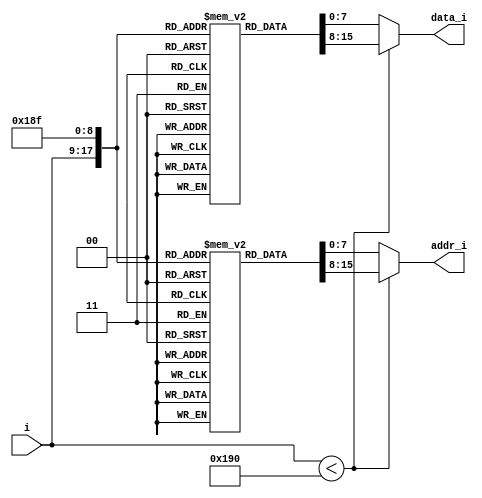
`timescale 1ns / 1ps

module ROM(
//    input wire clk,
    input wire[8:0] i,
    output wire[7:0] addr_i,
    output wire[7:0] data_i
    );
    
reg[7:0] addr[0:399];
reg[7:0] data[0:399];

assign addr_i = i < 400 ? addr[i] : addr[399];
assign data_i = i < 400 ? data[i] : data[399];

/*
 * Outputs:
 *    OUT0: 25 MHz
 *          Enabled, LVDS 2.5 V
 *    OUT1: 50 MHz
 *          Enabled, LVDS 2.5 V
 *    OUT2: 100 MHz
 *          Enabled, LVDS 2.5 V
 *    OUT3: 200 MHz
 *          Enabled, LVDS 2.5 V
 *    OUT4: 400 MHz
 *          Enabled, LVDS 2.5 V
 *    OUT5: 300 MHz
 *          Enabled, LVDS 2.5 V
 *    OUT6: 25 MHz
 *          Enabled, LVDS 2.5 V
 *    OUT7: 400 kHz
 *          Enabled, LVDS 2.5 V
 *    OUT8: 400 kHz
 *          Enabled, LVDS 2.5 V
 *    OUT9: Unused
 *
 */

initial
begin
    //0: 0x0B24,0xC0
    addr[0] <= 8'h01;    //page change 
    data[0] <= 8'h0B;    //page change 
    addr[1] <= 8'h24; 
    data[1] <= 8'hC0; 
    //2: 0x0B25,0x00
    addr[2] <= 8'h25; 
    data[2] <= 8'h00; 
    //3: 0x0502,0x01
    addr[3] <= 8'h01;    //page change 
    data[3] <= 8'h05;    //page change 
    addr[4] <= 8'h02; 
    data[4] <= 8'h01; 
    //5: 0x0505,0x03
    addr[5] <= 8'h05; 
    data[5] <= 8'h03; 
    //6: 0x0957,0x17
    addr[6] <= 8'h01;    //page change 
    data[6] <= 8'h09;    //page change 
    addr[7] <= 8'h57; 
    data[7] <= 8'h17; 
    //8: 0x0B4E,0x1A
    addr[8] <= 8'h01;    //page change 
    data[8] <= 8'h0B;    //page change 
    addr[9] <= 8'h4E; 
    data[9] <= 8'h1A; 
    //10: 0x0006,0x00
    addr[10] <= 8'h01;    //page change 
    data[10] <= 8'h00;    //page change 
    addr[11] <= 8'h06; 
    data[11] <= 8'h00; 
    //12: 0x0007,0x00
    addr[12] <= 8'h07; 
    data[12] <= 8'h00; 
    //13: 0x0008,0x00
    addr[13] <= 8'h08; 
    data[13] <= 8'h00; 
    //14: 0x0017,0xD0
    addr[14] <= 8'h17; 
    data[14] <= 8'hD0; 
    //15: 0x0018,0xFF
    addr[15] <= 8'h18; 
    data[15] <= 8'hFF; 
    //16: 0x0021,0x0F
    addr[16] <= 8'h21; 
    data[16] <= 8'h0F; 
    //17: 0x0022,0x00
    addr[17] <= 8'h22; 
    data[17] <= 8'h00; 
    //18: 0x002B,0x0A
    addr[18] <= 8'h2B; 
    data[18] <= 8'h0A; 
    //19: 0x002C,0x20
    addr[19] <= 8'h2C; 
    data[19] <= 8'h20; 
    //20: 0x002D,0x00
    addr[20] <= 8'h2D; 
    data[20] <= 8'h00; 
    //21: 0x002E,0x00
    addr[21] <= 8'h2E; 
    data[21] <= 8'h00; 
    //22: 0x002F,0x00
    addr[22] <= 8'h2F; 
    data[22] <= 8'h00; 
    //23: 0x0030,0x00
    addr[23] <= 8'h30; 
    data[23] <= 8'h00; 
    //24: 0x0031,0x00
    addr[24] <= 8'h31; 
    data[24] <= 8'h00; 
    //25: 0x0032,0x00
    addr[25] <= 8'h32; 
    data[25] <= 8'h00; 
    //26: 0x0033,0x00
    addr[26] <= 8'h33; 
    data[26] <= 8'h00; 
    //27: 0x0034,0x00
    addr[27] <= 8'h34; 
    data[27] <= 8'h00; 
    //28: 0x0035,0x00
    addr[28] <= 8'h35; 
    data[28] <= 8'h00; 
    //29: 0x0036,0x00
    addr[29] <= 8'h36; 
    data[29] <= 8'h00; 
    //30: 0x0037,0x00
    addr[30] <= 8'h37; 
    data[30] <= 8'h00; 
    //31: 0x0038,0x00
    addr[31] <= 8'h38; 
    data[31] <= 8'h00; 
    //32: 0x0039,0x00
    addr[32] <= 8'h39; 
    data[32] <= 8'h00; 
    //33: 0x003A,0x00
    addr[33] <= 8'h3A; 
    data[33] <= 8'h00; 
    //34: 0x003B,0x00
    addr[34] <= 8'h3B; 
    data[34] <= 8'h00; 
    //35: 0x003C,0x00
    addr[35] <= 8'h3C; 
    data[35] <= 8'h00; 
    //36: 0x003D,0x00
    addr[36] <= 8'h3D; 
    data[36] <= 8'h00; 
    //37: 0x0041,0x00
    addr[37] <= 8'h41; 
    data[37] <= 8'h00; 
    //38: 0x0042,0x00
    addr[38] <= 8'h42; 
    data[38] <= 8'h00; 
    //39: 0x0043,0x00
    addr[39] <= 8'h43; 
    data[39] <= 8'h00; 
    //40: 0x0044,0x00
    addr[40] <= 8'h44; 
    data[40] <= 8'h00; 
    //41: 0x009E,0x00
    addr[41] <= 8'h9E; 
    data[41] <= 8'h00; 
    //42: 0x0102,0x01
    addr[42] <= 8'h01;    //page change 
    data[42] <= 8'h01;    //page change 
    addr[43] <= 8'h02; 
    data[43] <= 8'h01; 
    //44: 0x0108,0x02
    addr[44] <= 8'h08; 
    data[44] <= 8'h02; 
    //45: 0x0109,0x09
    addr[45] <= 8'h09; 
    data[45] <= 8'h09; 
    //46: 0x010A,0x3B
    addr[46] <= 8'h0A; 
    data[46] <= 8'h3B; 
    //47: 0x010B,0x29
    addr[47] <= 8'h0B; 
    data[47] <= 8'h29; 
    //48: 0x010D,0x02
    addr[48] <= 8'h0D; 
    data[48] <= 8'h02; 
    //49: 0x010E,0x09
    addr[49] <= 8'h0E; 
    data[49] <= 8'h09; 
    //50: 0x010F,0x3B
    addr[50] <= 8'h0F; 
    data[50] <= 8'h3B; 
    //51: 0x0110,0x29
    addr[51] <= 8'h10; 
    data[51] <= 8'h29; 
    //52: 0x0112,0x02
    addr[52] <= 8'h12; 
    data[52] <= 8'h02; 
    //53: 0x0113,0x09
    addr[53] <= 8'h13; 
    data[53] <= 8'h09; 
    //54: 0x0114,0x3B
    addr[54] <= 8'h14; 
    data[54] <= 8'h3B; 
    //55: 0x0115,0x29
    addr[55] <= 8'h15; 
    data[55] <= 8'h29; 
    //56: 0x0117,0x02
    addr[56] <= 8'h17; 
    data[56] <= 8'h02; 
    //57: 0x0118,0x09
    addr[57] <= 8'h18; 
    data[57] <= 8'h09; 
    //58: 0x0119,0x3B
    addr[58] <= 8'h19; 
    data[58] <= 8'h3B; 
    //59: 0x011A,0x29
    addr[59] <= 8'h1A; 
    data[59] <= 8'h29; 
    //60: 0x011C,0x06
    addr[60] <= 8'h1C; 
    data[60] <= 8'h06; 
    //61: 0x011D,0x09
    addr[61] <= 8'h1D; 
    data[61] <= 8'h09; 
    //62: 0x011E,0x3B
    addr[62] <= 8'h1E; 
    data[62] <= 8'h3B; 
    //63: 0x011F,0x29
    addr[63] <= 8'h1F; 
    data[63] <= 8'h29; 
    //64: 0x0121,0x06
    addr[64] <= 8'h21; 
    data[64] <= 8'h06; 
    //65: 0x0122,0x09
    addr[65] <= 8'h22; 
    data[65] <= 8'h09; 
    //66: 0x0123,0x3B
    addr[66] <= 8'h23; 
    data[66] <= 8'h3B; 
    //67: 0x0124,0x28
    addr[67] <= 8'h24; 
    data[67] <= 8'h28; 
    //68: 0x0126,0x02
    addr[68] <= 8'h26; 
    data[68] <= 8'h02; 
    //69: 0x0127,0x09
    addr[69] <= 8'h27; 
    data[69] <= 8'h09; 
    //70: 0x0128,0x3B
    addr[70] <= 8'h28; 
    data[70] <= 8'h3B; 
    //71: 0x0129,0x29
    addr[71] <= 8'h29; 
    data[71] <= 8'h29; 
    //72: 0x012B,0x02
    addr[72] <= 8'h2B; 
    data[72] <= 8'h02; 
    //73: 0x012C,0x09
    addr[73] <= 8'h2C; 
    data[73] <= 8'h09; 
    //74: 0x012D,0x3B
    addr[74] <= 8'h2D; 
    data[74] <= 8'h3B; 
    //75: 0x012E,0x29
    addr[75] <= 8'h2E; 
    data[75] <= 8'h29; 
    //76: 0x0130,0x02
    addr[76] <= 8'h30; 
    data[76] <= 8'h02; 
    //77: 0x0131,0x09
    addr[77] <= 8'h31; 
    data[77] <= 8'h09; 
    //78: 0x0132,0x3B
    addr[78] <= 8'h32; 
    data[78] <= 8'h3B; 
    //79: 0x0133,0x29
    addr[79] <= 8'h33; 
    data[79] <= 8'h29; 
    //80: 0x013A,0x01
    addr[80] <= 8'h3A; 
    data[80] <= 8'h01; 
    //81: 0x013B,0x09
    addr[81] <= 8'h3B; 
    data[81] <= 8'h09; 
    //82: 0x013C,0x3B
    addr[82] <= 8'h3C; 
    data[82] <= 8'h3B; 
    //83: 0x013D,0x28
    addr[83] <= 8'h3D; 
    data[83] <= 8'h28; 
    //84: 0x013F,0x00
    addr[84] <= 8'h3F; 
    data[84] <= 8'h00; 
    //85: 0x0140,0x00
    addr[85] <= 8'h40; 
    data[85] <= 8'h00; 
    //86: 0x0141,0x40
    addr[86] <= 8'h41; 
    data[86] <= 8'h40; 
    //87: 0x0206,0x00
    addr[87] <= 8'h01;    //page change 
    data[87] <= 8'h02;    //page change 
    addr[88] <= 8'h06; 
    data[88] <= 8'h00; 
    //89: 0x0208,0x00
    addr[89] <= 8'h08; 
    data[89] <= 8'h00; 
    //90: 0x0209,0x00
    addr[90] <= 8'h09; 
    data[90] <= 8'h00; 
    //91: 0x020A,0x00
    addr[91] <= 8'h0A; 
    data[91] <= 8'h00; 
    //92: 0x020B,0x00
    addr[92] <= 8'h0B; 
    data[92] <= 8'h00; 
    //93: 0x020C,0x00
    addr[93] <= 8'h0C; 
    data[93] <= 8'h00; 
    //94: 0x020D,0x00
    addr[94] <= 8'h0D; 
    data[94] <= 8'h00; 
    //95: 0x020E,0x00
    addr[95] <= 8'h0E; 
    data[95] <= 8'h00; 
    //96: 0x020F,0x00
    addr[96] <= 8'h0F; 
    data[96] <= 8'h00; 
    //97: 0x0210,0x00
    addr[97] <= 8'h10; 
    data[97] <= 8'h00; 
    //98: 0x0211,0x00
    addr[98] <= 8'h11; 
    data[98] <= 8'h00; 
    //99: 0x0212,0x00
    addr[99] <= 8'h12; 
    data[99] <= 8'h00; 
    //100: 0x0213,0x00
    addr[100] <= 8'h13; 
    data[100] <= 8'h00; 
    //101: 0x0214,0x00
    addr[101] <= 8'h14; 
    data[101] <= 8'h00; 
    //102: 0x0215,0x00
    addr[102] <= 8'h15; 
    data[102] <= 8'h00; 
    //103: 0x0216,0x00
    addr[103] <= 8'h16; 
    data[103] <= 8'h00; 
    //104: 0x0217,0x00
    addr[104] <= 8'h17; 
    data[104] <= 8'h00; 
    //105: 0x0218,0x00
    addr[105] <= 8'h18; 
    data[105] <= 8'h00; 
    //106: 0x0219,0x00
    addr[106] <= 8'h19; 
    data[106] <= 8'h00; 
    //107: 0x021A,0x00
    addr[107] <= 8'h1A; 
    data[107] <= 8'h00; 
    //108: 0x021B,0x00
    addr[108] <= 8'h1B; 
    data[108] <= 8'h00; 
    //109: 0x021C,0x00
    addr[109] <= 8'h1C; 
    data[109] <= 8'h00; 
    //110: 0x021D,0x00
    addr[110] <= 8'h1D; 
    data[110] <= 8'h00; 
    //111: 0x021E,0x00
    addr[111] <= 8'h1E; 
    data[111] <= 8'h00; 
    //112: 0x021F,0x00
    addr[112] <= 8'h1F; 
    data[112] <= 8'h00; 
    //113: 0x0220,0x00
    addr[113] <= 8'h20; 
    data[113] <= 8'h00; 
    //114: 0x0221,0x00
    addr[114] <= 8'h21; 
    data[114] <= 8'h00; 
    //115: 0x0222,0x00
    addr[115] <= 8'h22; 
    data[115] <= 8'h00; 
    //116: 0x0223,0x00
    addr[116] <= 8'h23; 
    data[116] <= 8'h00; 
    //117: 0x0224,0x00
    addr[117] <= 8'h24; 
    data[117] <= 8'h00; 
    //118: 0x0225,0x00
    addr[118] <= 8'h25; 
    data[118] <= 8'h00; 
    //119: 0x0226,0x00
    addr[119] <= 8'h26; 
    data[119] <= 8'h00; 
    //120: 0x0227,0x00
    addr[120] <= 8'h27; 
    data[120] <= 8'h00; 
    //121: 0x0228,0x00
    addr[121] <= 8'h28; 
    data[121] <= 8'h00; 
    //122: 0x0229,0x00
    addr[122] <= 8'h29; 
    data[122] <= 8'h00; 
    //123: 0x022A,0x00
    addr[123] <= 8'h2A; 
    data[123] <= 8'h00; 
    //124: 0x022B,0x00
    addr[124] <= 8'h2B; 
    data[124] <= 8'h00; 
    //125: 0x022C,0x00
    addr[125] <= 8'h2C; 
    data[125] <= 8'h00; 
    //126: 0x022D,0x00
    addr[126] <= 8'h2D; 
    data[126] <= 8'h00; 
    //127: 0x022E,0x00
    addr[127] <= 8'h2E; 
    data[127] <= 8'h00; 
    //128: 0x022F,0x00
    addr[128] <= 8'h2F; 
    data[128] <= 8'h00; 
    //129: 0x0235,0x00
    addr[129] <= 8'h35; 
    data[129] <= 8'h00; 
    //130: 0x0236,0x00
    addr[130] <= 8'h36; 
    data[130] <= 8'h00; 
    //131: 0x0237,0x00
    addr[131] <= 8'h37; 
    data[131] <= 8'h00; 
    //132: 0x0238,0x00
    addr[132] <= 8'h38; 
    data[132] <= 8'h00; 
    //133: 0x0239,0x96
    addr[133] <= 8'h39; 
    data[133] <= 8'h96; 
    //134: 0x023A,0x00
    addr[134] <= 8'h3A; 
    data[134] <= 8'h00; 
    //135: 0x023B,0x00
    addr[135] <= 8'h3B; 
    data[135] <= 8'h00; 
    //136: 0x023C,0x00
    addr[136] <= 8'h3C; 
    data[136] <= 8'h00; 
    //137: 0x023D,0x00
    addr[137] <= 8'h3D; 
    data[137] <= 8'h00; 
    //138: 0x023E,0x80
    addr[138] <= 8'h3E; 
    data[138] <= 8'h80; 
    //139: 0x024A,0x0F
    addr[139] <= 8'h4A; 
    data[139] <= 8'h0F; 
    //140: 0x024B,0x00
    addr[140] <= 8'h4B; 
    data[140] <= 8'h00; 
    //141: 0x024C,0x00
    addr[141] <= 8'h4C; 
    data[141] <= 8'h00; 
    //142: 0x024D,0x07
    addr[142] <= 8'h4D; 
    data[142] <= 8'h07; 
    //143: 0x024E,0x00
    addr[143] <= 8'h4E; 
    data[143] <= 8'h00; 
    //144: 0x024F,0x00
    addr[144] <= 8'h4F; 
    data[144] <= 8'h00; 
    //145: 0x0250,0x03
    addr[145] <= 8'h50; 
    data[145] <= 8'h03; 
    //146: 0x0251,0x00
    addr[146] <= 8'h51; 
    data[146] <= 8'h00; 
    //147: 0x0252,0x00
    addr[147] <= 8'h52; 
    data[147] <= 8'h00; 
    //148: 0x0253,0x01
    addr[148] <= 8'h53; 
    data[148] <= 8'h01; 
    //149: 0x0254,0x00
    addr[149] <= 8'h54; 
    data[149] <= 8'h00; 
    //150: 0x0255,0x00
    addr[150] <= 8'h55; 
    data[150] <= 8'h00; 
    //151: 0x0256,0x00
    addr[151] <= 8'h56; 
    data[151] <= 8'h00; 
    //152: 0x0257,0x00
    addr[152] <= 8'h57; 
    data[152] <= 8'h00; 
    //153: 0x0258,0x00
    addr[153] <= 8'h58; 
    data[153] <= 8'h00; 
    //154: 0x0259,0x00
    addr[154] <= 8'h59; 
    data[154] <= 8'h00; 
    //155: 0x025A,0x00
    addr[155] <= 8'h5A; 
    data[155] <= 8'h00; 
    //156: 0x025B,0x00
    addr[156] <= 8'h5B; 
    data[156] <= 8'h00; 
    //157: 0x025C,0x0F
    addr[157] <= 8'h5C; 
    data[157] <= 8'h0F; 
    //158: 0x025D,0x00
    addr[158] <= 8'h5D; 
    data[158] <= 8'h00; 
    //159: 0x025E,0x00
    addr[159] <= 8'h5E; 
    data[159] <= 8'h00; 
    //160: 0x025F,0xE7
    addr[160] <= 8'h5F; 
    data[160] <= 8'hE7; 
    //161: 0x0260,0x03
    addr[161] <= 8'h60; 
    data[161] <= 8'h03; 
    //162: 0x0261,0x00
    addr[162] <= 8'h61; 
    data[162] <= 8'h00; 
    //163: 0x0262,0xE7
    addr[163] <= 8'h62; 
    data[163] <= 8'hE7; 
    //164: 0x0263,0x03
    addr[164] <= 8'h63; 
    data[164] <= 8'h03; 
    //165: 0x0264,0x00
    addr[165] <= 8'h64; 
    data[165] <= 8'h00; 
    //166: 0x0268,0x00
    addr[166] <= 8'h68; 
    data[166] <= 8'h00; 
    //167: 0x0269,0x00
    addr[167] <= 8'h69; 
    data[167] <= 8'h00; 
    //168: 0x026A,0x00
    addr[168] <= 8'h6A; 
    data[168] <= 8'h00; 
    //169: 0x026B,0x35
    addr[169] <= 8'h6B; 
    data[169] <= 8'h35; 
    //170: 0x026C,0x33
    addr[170] <= 8'h6C; 
    data[170] <= 8'h33; 
    //171: 0x026D,0x34
    addr[171] <= 8'h6D; 
    data[171] <= 8'h34; 
    //172: 0x026E,0x31
    addr[172] <= 8'h6E; 
    data[172] <= 8'h31; 
    //173: 0x026F,0x45
    addr[173] <= 8'h6F; 
    data[173] <= 8'h45; 
    //174: 0x0270,0x56
    addr[174] <= 8'h70; 
    data[174] <= 8'h56; 
    //175: 0x0271,0x42
    addr[175] <= 8'h71; 
    data[175] <= 8'h42; 
    //176: 0x0272,0x32
    addr[176] <= 8'h72; 
    data[176] <= 8'h32; 
    //177: 0x0302,0x00
    addr[177] <= 8'h01;    //page change 
    data[177] <= 8'h03;    //page change 
    addr[178] <= 8'h02; 
    data[178] <= 8'h00; 
    //179: 0x0303,0x00
    addr[179] <= 8'h03; 
    data[179] <= 8'h00; 
    //180: 0x0304,0x00
    addr[180] <= 8'h04; 
    data[180] <= 8'h00; 
    //181: 0x0305,0x00
    addr[181] <= 8'h05; 
    data[181] <= 8'h00; 
    //182: 0x0306,0x0C
    addr[182] <= 8'h06; 
    data[182] <= 8'h0C; 
    //183: 0x0307,0x00
    addr[183] <= 8'h07; 
    data[183] <= 8'h00; 
    //184: 0x0308,0x00
    addr[184] <= 8'h08; 
    data[184] <= 8'h00; 
    //185: 0x0309,0x00
    addr[185] <= 8'h09; 
    data[185] <= 8'h00; 
    //186: 0x030A,0x00
    addr[186] <= 8'h0A; 
    data[186] <= 8'h00; 
    //187: 0x030B,0x80
    addr[187] <= 8'h0B; 
    data[187] <= 8'h80; 
    //188: 0x030C,0x00
    addr[188] <= 8'h0C; 
    data[188] <= 8'h00; 
    //189: 0x030D,0x00
    addr[189] <= 8'h0D; 
    data[189] <= 8'h00; 
    //190: 0x030E,0x00
    addr[190] <= 8'h0E; 
    data[190] <= 8'h00; 
    //191: 0x030F,0x00
    addr[191] <= 8'h0F; 
    data[191] <= 8'h00; 
    //192: 0x0310,0x00
    addr[192] <= 8'h10; 
    data[192] <= 8'h00; 
    //193: 0x0311,0x09
    addr[193] <= 8'h11; 
    data[193] <= 8'h09; 
    //194: 0x0312,0x00
    addr[194] <= 8'h12; 
    data[194] <= 8'h00; 
    //195: 0x0313,0x00
    addr[195] <= 8'h13; 
    data[195] <= 8'h00; 
    //196: 0x0314,0x00
    addr[196] <= 8'h14; 
    data[196] <= 8'h00; 
    //197: 0x0315,0x00
    addr[197] <= 8'h15; 
    data[197] <= 8'h00; 
    //198: 0x0316,0x80
    addr[198] <= 8'h16; 
    data[198] <= 8'h80; 
    //199: 0x0317,0x00
    addr[199] <= 8'h17; 
    data[199] <= 8'h00; 
    //200: 0x0318,0x00
    addr[200] <= 8'h18; 
    data[200] <= 8'h00; 
    //201: 0x0319,0x00
    addr[201] <= 8'h19; 
    data[201] <= 8'h00; 
    //202: 0x031A,0x00
    addr[202] <= 8'h1A; 
    data[202] <= 8'h00; 
    //203: 0x031B,0x00
    addr[203] <= 8'h1B; 
    data[203] <= 8'h00; 
    //204: 0x031C,0x00
    addr[204] <= 8'h1C; 
    data[204] <= 8'h00; 
    //205: 0x031D,0x00
    addr[205] <= 8'h1D; 
    data[205] <= 8'h00; 
    //206: 0x031E,0x00
    addr[206] <= 8'h1E; 
    data[206] <= 8'h00; 
    //207: 0x031F,0x00
    addr[207] <= 8'h1F; 
    data[207] <= 8'h00; 
    //208: 0x0320,0x00
    addr[208] <= 8'h20; 
    data[208] <= 8'h00; 
    //209: 0x0321,0x00
    addr[209] <= 8'h21; 
    data[209] <= 8'h00; 
    //210: 0x0322,0x00
    addr[210] <= 8'h22; 
    data[210] <= 8'h00; 
    //211: 0x0323,0x00
    addr[211] <= 8'h23; 
    data[211] <= 8'h00; 
    //212: 0x0324,0x00
    addr[212] <= 8'h24; 
    data[212] <= 8'h00; 
    //213: 0x0325,0x00
    addr[213] <= 8'h25; 
    data[213] <= 8'h00; 
    //214: 0x0326,0x00
    addr[214] <= 8'h26; 
    data[214] <= 8'h00; 
    //215: 0x0327,0x00
    addr[215] <= 8'h27; 
    data[215] <= 8'h00; 
    //216: 0x0328,0x00
    addr[216] <= 8'h28; 
    data[216] <= 8'h00; 
    //217: 0x0329,0x00
    addr[217] <= 8'h29; 
    data[217] <= 8'h00; 
    //218: 0x032A,0x00
    addr[218] <= 8'h2A; 
    data[218] <= 8'h00; 
    //219: 0x032B,0x00
    addr[219] <= 8'h2B; 
    data[219] <= 8'h00; 
    //220: 0x032C,0x00
    addr[220] <= 8'h2C; 
    data[220] <= 8'h00; 
    //221: 0x032D,0x00
    addr[221] <= 8'h2D; 
    data[221] <= 8'h00; 
    //222: 0x032E,0x00
    addr[222] <= 8'h2E; 
    data[222] <= 8'h00; 
    //223: 0x032F,0x00
    addr[223] <= 8'h2F; 
    data[223] <= 8'h00; 
    //224: 0x0330,0x00
    addr[224] <= 8'h30; 
    data[224] <= 8'h00; 
    //225: 0x0331,0x00
    addr[225] <= 8'h31; 
    data[225] <= 8'h00; 
    //226: 0x0332,0x00
    addr[226] <= 8'h32; 
    data[226] <= 8'h00; 
    //227: 0x0333,0x00
    addr[227] <= 8'h33; 
    data[227] <= 8'h00; 
    //228: 0x0334,0x00
    addr[228] <= 8'h34; 
    data[228] <= 8'h00; 
    //229: 0x0335,0x00
    addr[229] <= 8'h35; 
    data[229] <= 8'h00; 
    //230: 0x0336,0x00
    addr[230] <= 8'h36; 
    data[230] <= 8'h00; 
    //231: 0x0337,0x00
    addr[231] <= 8'h37; 
    data[231] <= 8'h00; 
    //232: 0x0338,0x00
    addr[232] <= 8'h38; 
    data[232] <= 8'h00; 
    //233: 0x0339,0x1F
    addr[233] <= 8'h39; 
    data[233] <= 8'h1F; 
    //234: 0x033B,0x00
    addr[234] <= 8'h3B; 
    data[234] <= 8'h00; 
    //235: 0x033C,0x00
    addr[235] <= 8'h3C; 
    data[235] <= 8'h00; 
    //236: 0x033D,0x00
    addr[236] <= 8'h3D; 
    data[236] <= 8'h00; 
    //237: 0x033E,0x00
    addr[237] <= 8'h3E; 
    data[237] <= 8'h00; 
    //238: 0x033F,0x00
    addr[238] <= 8'h3F; 
    data[238] <= 8'h00; 
    //239: 0x0340,0x00
    addr[239] <= 8'h40; 
    data[239] <= 8'h00; 
    //240: 0x0341,0x00
    addr[240] <= 8'h41; 
    data[240] <= 8'h00; 
    //241: 0x0342,0x00
    addr[241] <= 8'h42; 
    data[241] <= 8'h00; 
    //242: 0x0343,0x00
    addr[242] <= 8'h43; 
    data[242] <= 8'h00; 
    //243: 0x0344,0x00
    addr[243] <= 8'h44; 
    data[243] <= 8'h00; 
    //244: 0x0345,0x00
    addr[244] <= 8'h45; 
    data[244] <= 8'h00; 
    //245: 0x0346,0x00
    addr[245] <= 8'h46; 
    data[245] <= 8'h00; 
    //246: 0x0347,0x00
    addr[246] <= 8'h47; 
    data[246] <= 8'h00; 
    //247: 0x0348,0x00
    addr[247] <= 8'h48; 
    data[247] <= 8'h00; 
    //248: 0x0349,0x00
    addr[248] <= 8'h49; 
    data[248] <= 8'h00; 
    //249: 0x034A,0x00
    addr[249] <= 8'h4A; 
    data[249] <= 8'h00; 
    //250: 0x034B,0x00
    addr[250] <= 8'h4B; 
    data[250] <= 8'h00; 
    //251: 0x034C,0x00
    addr[251] <= 8'h4C; 
    data[251] <= 8'h00; 
    //252: 0x034D,0x00
    addr[252] <= 8'h4D; 
    data[252] <= 8'h00; 
    //253: 0x034E,0x00
    addr[253] <= 8'h4E; 
    data[253] <= 8'h00; 
    //254: 0x034F,0x00
    addr[254] <= 8'h4F; 
    data[254] <= 8'h00; 
    //255: 0x0350,0x00
    addr[255] <= 8'h50; 
    data[255] <= 8'h00; 
    //256: 0x0351,0x00
    addr[256] <= 8'h51; 
    data[256] <= 8'h00; 
    //257: 0x0352,0x00
    addr[257] <= 8'h52; 
    data[257] <= 8'h00; 
    //258: 0x0353,0x00
    addr[258] <= 8'h53; 
    data[258] <= 8'h00; 
    //259: 0x0354,0x00
    addr[259] <= 8'h54; 
    data[259] <= 8'h00; 
    //260: 0x0355,0x00
    addr[260] <= 8'h55; 
    data[260] <= 8'h00; 
    //261: 0x0356,0x00
    addr[261] <= 8'h56; 
    data[261] <= 8'h00; 
    //262: 0x0357,0x00
    addr[262] <= 8'h57; 
    data[262] <= 8'h00; 
    //263: 0x0358,0x00
    addr[263] <= 8'h58; 
    data[263] <= 8'h00; 
    //264: 0x0359,0x00
    addr[264] <= 8'h59; 
    data[264] <= 8'h00; 
    //265: 0x035A,0x00
    addr[265] <= 8'h5A; 
    data[265] <= 8'h00; 
    //266: 0x035B,0x00
    addr[266] <= 8'h5B; 
    data[266] <= 8'h00; 
    //267: 0x035C,0x00
    addr[267] <= 8'h5C; 
    data[267] <= 8'h00; 
    //268: 0x035D,0x00
    addr[268] <= 8'h5D; 
    data[268] <= 8'h00; 
    //269: 0x035E,0x00
    addr[269] <= 8'h5E; 
    data[269] <= 8'h00; 
    //270: 0x035F,0x00
    addr[270] <= 8'h5F; 
    data[270] <= 8'h00; 
    //271: 0x0360,0x00
    addr[271] <= 8'h60; 
    data[271] <= 8'h00; 
    //272: 0x0361,0x00
    addr[272] <= 8'h61; 
    data[272] <= 8'h00; 
    //273: 0x0362,0x00
    addr[273] <= 8'h62; 
    data[273] <= 8'h00; 
    //274: 0x0802,0x00
    addr[274] <= 8'h01;    //page change 
    data[274] <= 8'h08;    //page change 
    addr[275] <= 8'h02; 
    data[275] <= 8'h00; 
    //276: 0x0803,0x00
    addr[276] <= 8'h03; 
    data[276] <= 8'h00; 
    //277: 0x0804,0x00
    addr[277] <= 8'h04; 
    data[277] <= 8'h00; 
    //278: 0x0805,0x00
    addr[278] <= 8'h05; 
    data[278] <= 8'h00; 
    //279: 0x0806,0x00
    addr[279] <= 8'h06; 
    data[279] <= 8'h00; 
    //280: 0x0807,0x00
    addr[280] <= 8'h07; 
    data[280] <= 8'h00; 
    //281: 0x0808,0x00
    addr[281] <= 8'h08; 
    data[281] <= 8'h00; 
    //282: 0x0809,0x00
    addr[282] <= 8'h09; 
    data[282] <= 8'h00; 
    //283: 0x080A,0x00
    addr[283] <= 8'h0A; 
    data[283] <= 8'h00; 
    //284: 0x080B,0x00
    addr[284] <= 8'h0B; 
    data[284] <= 8'h00; 
    //285: 0x080C,0x00
    addr[285] <= 8'h0C; 
    data[285] <= 8'h00; 
    //286: 0x080D,0x00
    addr[286] <= 8'h0D; 
    data[286] <= 8'h00; 
    //287: 0x080E,0x00
    addr[287] <= 8'h0E; 
    data[287] <= 8'h00; 
    //288: 0x080F,0x00
    addr[288] <= 8'h0F; 
    data[288] <= 8'h00; 
    //289: 0x0810,0x00
    addr[289] <= 8'h10; 
    data[289] <= 8'h00; 
    //290: 0x0811,0x00
    addr[290] <= 8'h11; 
    data[290] <= 8'h00; 
    //291: 0x0812,0x00
    addr[291] <= 8'h12; 
    data[291] <= 8'h00; 
    //292: 0x0813,0x00
    addr[292] <= 8'h13; 
    data[292] <= 8'h00; 
    //293: 0x0814,0x00
    addr[293] <= 8'h14; 
    data[293] <= 8'h00; 
    //294: 0x0815,0x00
    addr[294] <= 8'h15; 
    data[294] <= 8'h00; 
    //295: 0x0816,0x00
    addr[295] <= 8'h16; 
    data[295] <= 8'h00; 
    //296: 0x0817,0x00
    addr[296] <= 8'h17; 
    data[296] <= 8'h00; 
    //297: 0x0818,0x00
    addr[297] <= 8'h18; 
    data[297] <= 8'h00; 
    //298: 0x0819,0x00
    addr[298] <= 8'h19; 
    data[298] <= 8'h00; 
    //299: 0x081A,0x00
    addr[299] <= 8'h1A; 
    data[299] <= 8'h00; 
    //300: 0x081B,0x00
    addr[300] <= 8'h1B; 
    data[300] <= 8'h00; 
    //301: 0x081C,0x00
    addr[301] <= 8'h1C; 
    data[301] <= 8'h00; 
    //302: 0x081D,0x00
    addr[302] <= 8'h1D; 
    data[302] <= 8'h00; 
    //303: 0x081E,0x00
    addr[303] <= 8'h1E; 
    data[303] <= 8'h00; 
    //304: 0x081F,0x00
    addr[304] <= 8'h1F; 
    data[304] <= 8'h00; 
    //305: 0x0820,0x00
    addr[305] <= 8'h20; 
    data[305] <= 8'h00; 
    //306: 0x0821,0x00
    addr[306] <= 8'h21; 
    data[306] <= 8'h00; 
    //307: 0x0822,0x00
    addr[307] <= 8'h22; 
    data[307] <= 8'h00; 
    //308: 0x0823,0x00
    addr[308] <= 8'h23; 
    data[308] <= 8'h00; 
    //309: 0x0824,0x00
    addr[309] <= 8'h24; 
    data[309] <= 8'h00; 
    //310: 0x0825,0x00
    addr[310] <= 8'h25; 
    data[310] <= 8'h00; 
    //311: 0x0826,0x00
    addr[311] <= 8'h26; 
    data[311] <= 8'h00; 
    //312: 0x0827,0x00
    addr[312] <= 8'h27; 
    data[312] <= 8'h00; 
    //313: 0x0828,0x00
    addr[313] <= 8'h28; 
    data[313] <= 8'h00; 
    //314: 0x0829,0x00
    addr[314] <= 8'h29; 
    data[314] <= 8'h00; 
    //315: 0x082A,0x00
    addr[315] <= 8'h2A; 
    data[315] <= 8'h00; 
    //316: 0x082B,0x00
    addr[316] <= 8'h2B; 
    data[316] <= 8'h00; 
    //317: 0x082C,0x00
    addr[317] <= 8'h2C; 
    data[317] <= 8'h00; 
    //318: 0x082D,0x00
    addr[318] <= 8'h2D; 
    data[318] <= 8'h00; 
    //319: 0x082E,0x00
    addr[319] <= 8'h2E; 
    data[319] <= 8'h00; 
    //320: 0x082F,0x00
    addr[320] <= 8'h2F; 
    data[320] <= 8'h00; 
    //321: 0x0830,0x00
    addr[321] <= 8'h30; 
    data[321] <= 8'h00; 
    //322: 0x0831,0x00
    addr[322] <= 8'h31; 
    data[322] <= 8'h00; 
    //323: 0x0832,0x00
    addr[323] <= 8'h32; 
    data[323] <= 8'h00; 
    //324: 0x0833,0x00
    addr[324] <= 8'h33; 
    data[324] <= 8'h00; 
    //325: 0x0834,0x00
    addr[325] <= 8'h34; 
    data[325] <= 8'h00; 
    //326: 0x0835,0x00
    addr[326] <= 8'h35; 
    data[326] <= 8'h00; 
    //327: 0x0836,0x00
    addr[327] <= 8'h36; 
    data[327] <= 8'h00; 
    //328: 0x0837,0x00
    addr[328] <= 8'h37; 
    data[328] <= 8'h00; 
    //329: 0x0838,0x00
    addr[329] <= 8'h38; 
    data[329] <= 8'h00; 
    //330: 0x0839,0x00
    addr[330] <= 8'h39; 
    data[330] <= 8'h00; 
    //331: 0x083A,0x00
    addr[331] <= 8'h3A; 
    data[331] <= 8'h00; 
    //332: 0x083B,0x00
    addr[332] <= 8'h3B; 
    data[332] <= 8'h00; 
    //333: 0x083C,0x00
    addr[333] <= 8'h3C; 
    data[333] <= 8'h00; 
    //334: 0x083D,0x00
    addr[334] <= 8'h3D; 
    data[334] <= 8'h00; 
    //335: 0x083E,0x00
    addr[335] <= 8'h3E; 
    data[335] <= 8'h00; 
    //336: 0x083F,0x00
    addr[336] <= 8'h3F; 
    data[336] <= 8'h00; 
    //337: 0x0840,0x00
    addr[337] <= 8'h40; 
    data[337] <= 8'h00; 
    //338: 0x0841,0x00
    addr[338] <= 8'h41; 
    data[338] <= 8'h00; 
    //339: 0x0842,0x00
    addr[339] <= 8'h42; 
    data[339] <= 8'h00; 
    //340: 0x0843,0x00
    addr[340] <= 8'h43; 
    data[340] <= 8'h00; 
    //341: 0x0844,0x00
    addr[341] <= 8'h44; 
    data[341] <= 8'h00; 
    //342: 0x0845,0x00
    addr[342] <= 8'h45; 
    data[342] <= 8'h00; 
    //343: 0x0846,0x00
    addr[343] <= 8'h46; 
    data[343] <= 8'h00; 
    //344: 0x0847,0x00
    addr[344] <= 8'h47; 
    data[344] <= 8'h00; 
    //345: 0x0848,0x00
    addr[345] <= 8'h48; 
    data[345] <= 8'h00; 
    //346: 0x0849,0x00
    addr[346] <= 8'h49; 
    data[346] <= 8'h00; 
    //347: 0x084A,0x00
    addr[347] <= 8'h4A; 
    data[347] <= 8'h00; 
    //348: 0x084B,0x00
    addr[348] <= 8'h4B; 
    data[348] <= 8'h00; 
    //349: 0x084C,0x00
    addr[349] <= 8'h4C; 
    data[349] <= 8'h00; 
    //350: 0x084D,0x00
    addr[350] <= 8'h4D; 
    data[350] <= 8'h00; 
    //351: 0x084E,0x00
    addr[351] <= 8'h4E; 
    data[351] <= 8'h00; 
    //352: 0x084F,0x00
    addr[352] <= 8'h4F; 
    data[352] <= 8'h00; 
    //353: 0x0850,0x00
    addr[353] <= 8'h50; 
    data[353] <= 8'h00; 
    //354: 0x0851,0x00
    addr[354] <= 8'h51; 
    data[354] <= 8'h00; 
    //355: 0x0852,0x00
    addr[355] <= 8'h52; 
    data[355] <= 8'h00; 
    //356: 0x0853,0x00
    addr[356] <= 8'h53; 
    data[356] <= 8'h00; 
    //357: 0x0854,0x00
    addr[357] <= 8'h54; 
    data[357] <= 8'h00; 
    //358: 0x0855,0x00
    addr[358] <= 8'h55; 
    data[358] <= 8'h00; 
    //359: 0x0856,0x00
    addr[359] <= 8'h56; 
    data[359] <= 8'h00; 
    //360: 0x0857,0x00
    addr[360] <= 8'h57; 
    data[360] <= 8'h00; 
    //361: 0x0858,0x00
    addr[361] <= 8'h58; 
    data[361] <= 8'h00; 
    //362: 0x0859,0x00
    addr[362] <= 8'h59; 
    data[362] <= 8'h00; 
    //363: 0x085A,0x00
    addr[363] <= 8'h5A; 
    data[363] <= 8'h00; 
    //364: 0x085B,0x00
    addr[364] <= 8'h5B; 
    data[364] <= 8'h00; 
    //365: 0x085C,0x00
    addr[365] <= 8'h5C; 
    data[365] <= 8'h00; 
    //366: 0x085D,0x00
    addr[366] <= 8'h5D; 
    data[366] <= 8'h00; 
    //367: 0x085E,0x00
    addr[367] <= 8'h5E; 
    data[367] <= 8'h00; 
    //368: 0x085F,0x00
    addr[368] <= 8'h5F; 
    data[368] <= 8'h00; 
    //369: 0x0860,0x00
    addr[369] <= 8'h60; 
    data[369] <= 8'h00; 
    //370: 0x0861,0x00
    addr[370] <= 8'h61; 
    data[370] <= 8'h00; 
    //371: 0x090E,0x02
    addr[371] <= 8'h01;    //page change 
    data[371] <= 8'h09;    //page change 
    addr[372] <= 8'h0E; 
    data[372] <= 8'h02; 
    //373: 0x091C,0x04
    addr[373] <= 8'h1C; 
    data[373] <= 8'h04; 
    //374: 0x0943,0x00
    addr[374] <= 8'h43; 
    data[374] <= 8'h00; 
    //375: 0x0949,0x00
    addr[375] <= 8'h49; 
    data[375] <= 8'h00; 
    //376: 0x094A,0x00
    addr[376] <= 8'h4A; 
    data[376] <= 8'h00; 
    //377: 0x094E,0x49
    addr[377] <= 8'h4E; 
    data[377] <= 8'h49; 
    //378: 0x094F,0x02
    addr[378] <= 8'h4F; 
    data[378] <= 8'h02; 
    //379: 0x095E,0x00
    addr[379] <= 8'h5E; 
    data[379] <= 8'h00; 
    //380: 0x0A02,0x00
    addr[380] <= 8'h01;    //page change 
    data[380] <= 8'h0A;    //page change 
    addr[381] <= 8'h02; 
    data[381] <= 8'h00; 
    //382: 0x0A03,0x03
    addr[382] <= 8'h03; 
    data[382] <= 8'h03; 
    //383: 0x0A04,0x03
    addr[383] <= 8'h04; 
    data[383] <= 8'h03; 
    //384: 0x0A05,0x03
    addr[384] <= 8'h05; 
    data[384] <= 8'h03; 
    //385: 0x0A14,0x00
    addr[385] <= 8'h14; 
    data[385] <= 8'h00; 
    //386: 0x0A1A,0x00
    addr[386] <= 8'h1A; 
    data[386] <= 8'h00; 
    //387: 0x0A20,0x00
    addr[387] <= 8'h20; 
    data[387] <= 8'h00; 
    //388: 0x0A26,0x00
    addr[388] <= 8'h26; 
    data[388] <= 8'h00; 
    //389: 0x0A2C,0x00
    addr[389] <= 8'h2C; 
    data[389] <= 8'h00; 
    //390: 0x0B44,0x0F
    addr[390] <= 8'h01;    //page change 
    data[390] <= 8'h0B;    //page change 
    addr[391] <= 8'h44; 
    data[391] <= 8'h0F; 
    //392: 0x0B4A,0x1C
    addr[392] <= 8'h4A; 
    data[392] <= 8'h1C; 
    //393: 0x0B57,0x0E
    addr[393] <= 8'h57; 
    data[393] <= 8'h0E; 
    //394: 0x0B58,0x01
    addr[394] <= 8'h58; 
    data[394] <= 8'h01; 
    //395: 0x001C,0x01
    addr[395] <= 8'h01;    //page change 
    data[395] <= 8'h00;    //page change 
    addr[396] <= 8'h1C; 
    data[396] <= 8'h01; 
    //397: 0x0B24,0xC3
    addr[397] <= 8'h01;    //page change 
    data[397] <= 8'h0B;    //page change 
    addr[398] <= 8'h24; 
    data[398] <= 8'hC3; 
    //399: 0x0B25,0x02
    addr[399] <= 8'h25; 
    data[399] <= 8'h02; 

end

endmodule